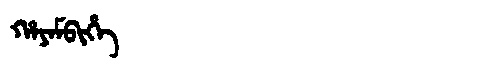
Manchu: ᡥᠠᠶᠠᠮᠪᡳᡥᡝ
Romanization: HAYAMBIHE